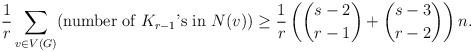
LaTeX: \begin{align*} \frac{1}{r} \sum_{v \in V(G) } ( \mbox{number of $K_{r-1}$'s in $N (v)$}) \geq \frac{1}{r} \left( \binom{s-2}{r-1} + \binom{s-3}{r-2} \right)n. \end{align*}